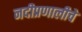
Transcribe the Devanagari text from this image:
नदीप्रणालीचे